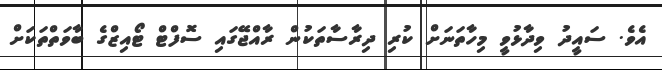
އެވެ. ސައީދު ވިދާޅުވީ މިހާތަނަށް ކުރި ދިރާސާތަކުން ރާއްޖޭގައި ސޮފްޓް ޓޯއިޒްގެ ބާވަތްތަކަށް